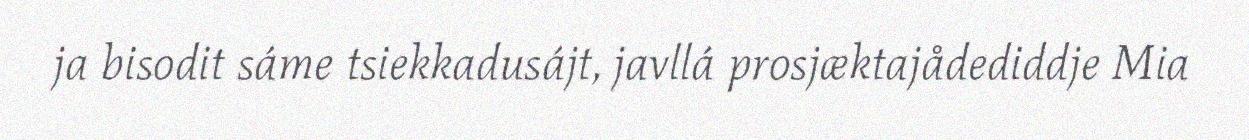
ja bisodit sáme tsiekkadusájt, javllá prosjæktajådediddje Mia